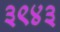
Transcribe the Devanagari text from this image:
३९४३